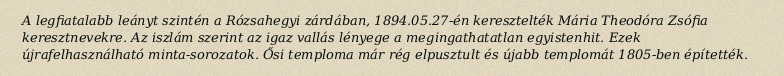
A legfiatalabb leányt szintén a Rózsahegyi zárdában, 1894.05.27-én keresztelték Mária Theodóra Zsófia keresztnevekre. Az iszlám szerint az igaz vallás lényege a megingathatatlan egyistenhit. Ezek újrafelhasználható minta-sorozatok. Ősi temploma már rég elpusztult és újabb templomát 1805-ben építették.